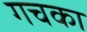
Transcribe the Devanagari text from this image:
गचका